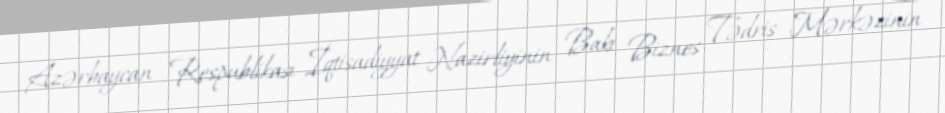
Azərbaycan Respublikası İqtisadiyyat Nazirliyinin Bakı Biznes Tədris Mərkəzinin